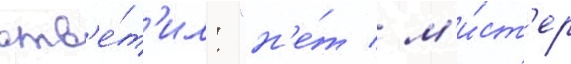
отв'е́т'ил: "н'е́т / м'и́ст'ер